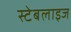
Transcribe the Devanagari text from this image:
स्टेबलाइज